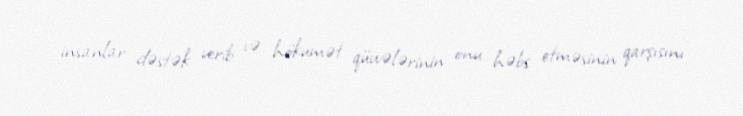
insanlar dəstək verib və hökumət qüvvələrinin onu həbs etməsinin qarşısını